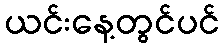
ယင်းနေ့တွင်ပင်